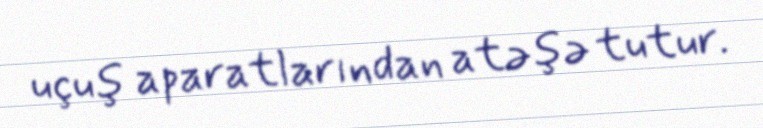
uçuş aparatlarından atəşə tutur.